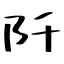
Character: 阡